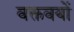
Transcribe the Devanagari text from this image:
वक्तवयों